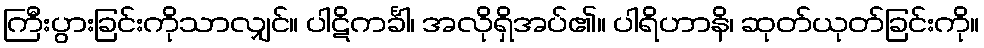
ကြီးပွားခြင်းကိုသာလျှင်။ ပါဋိကင်္ခါ၊ အလိုရှိအပ်၏။ ပါရိဟာနိ၊ ဆုတ်ယုတ်ခြင်းကို။